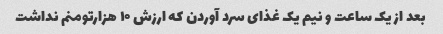
بعد از یک ساعت و نیم یک غذای سرد آوردن که ارزش ۱۰ هزارتومنم نداشت